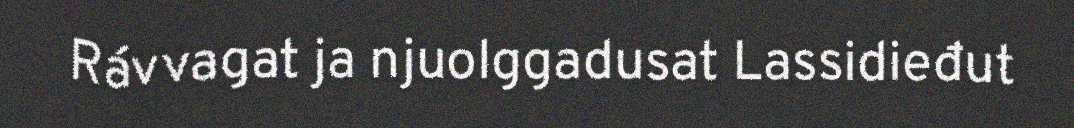
Rávvagat ja njuolggadusat Lassidieđut